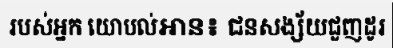
របស់អ្នក យោបល់អាន៖ ជនសង្ស័យជួញដូរ